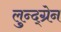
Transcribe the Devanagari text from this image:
लुन्द्ग्रेन